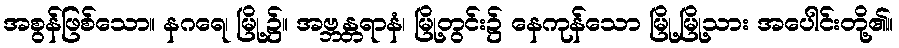
အစွန်ဖြစ်သော။ နဂရေ၊ မြို့၌။ အဗ္ဘန္တရာနံ၊ မြို့တွင်း၌ နေကုန်သော မြို့မြို့သား အပေါင်းတို့၏။